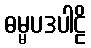
ဓမ္မပဒပါဠိ